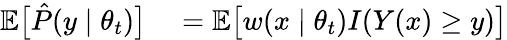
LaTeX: \begin{array}{rl}{\mathbb E\big[\hat{P}(y\mid\theta_{t})\big]}&{{}=\mathbb E\big[w(x\mid\theta_{t})I(Y(x)\ge y)\big]}\end{array}